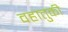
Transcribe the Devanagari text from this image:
वहातुकी